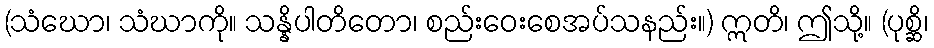
(သံဃော၊ သံဃာကို။ သန္နိပါတိတော၊ စည်းဝေးစေအပ်သနည်း။) ဣတိ၊ ဤသို့။ (ပုစ္ဆိ၊